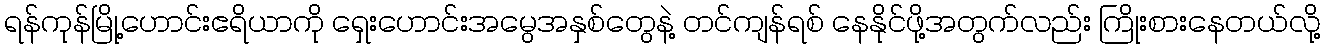
ရန်ကုန်မြို့ဟောင်းဧရိယာကို ရှေးဟောင်းအမွေအနှစ်တွေနဲ့ တင်ကျန်ရစ် နေနိုင်ဖို့အတွက်လည်း ကြိုးစားနေတယ်လို့